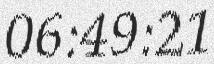
06:49:21